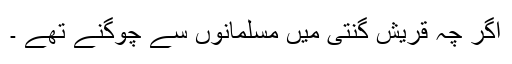
اگر چہ قریش گنتی میں مسلمانوں سے چوگنے تھے ۔